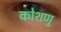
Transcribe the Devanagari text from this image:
कोशणु